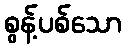
စွန့်ပစ်သော